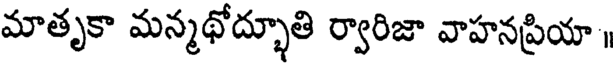
మాతృకా మన్మథోద్భూతి ర్వారిజా వాహనప్రియా